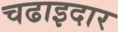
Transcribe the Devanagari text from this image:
चढाइदार